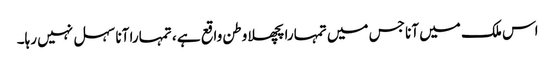
اس ملک میں آنا جس میں تمہارا پچھلا وطن واقع ہے ، تمہارا آنا سہل نہیں رہا۔